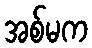
အစ်မက